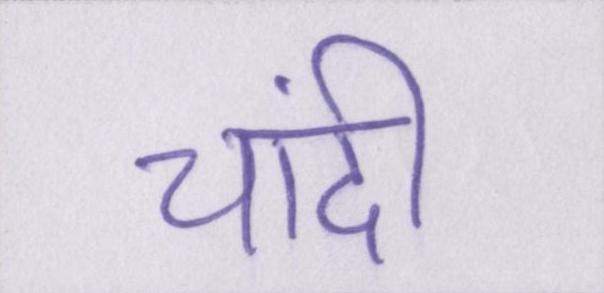
चांदी